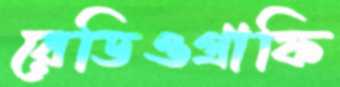
রেডিওগ্রাফি